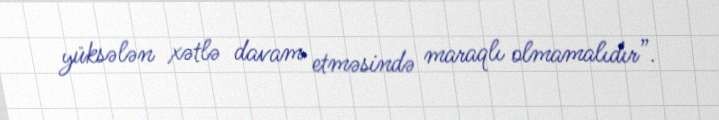
yüksələn xətlə davam etməsində maraqlı olmamalıdır”.